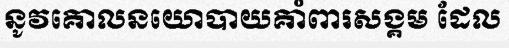
នូវគោលនយោបាយគាំពារសង្គម ដែល